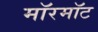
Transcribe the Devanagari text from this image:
मॉरमॉट